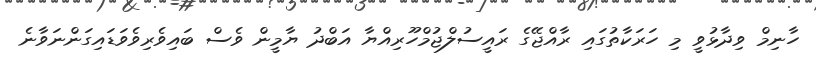
ހާނިމް ވިދާޅުވީ މި ހަރަކާތުގައި ރާއްޖޭގެ ރައީސުލްޖުމްހޫރިއްޔާ އަބްދު ޔާމީން ވެސް ބައިވެރިވެވަޑައިގަންނަވާނެ